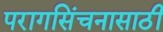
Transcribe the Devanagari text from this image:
परागसिंचनासाठी